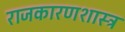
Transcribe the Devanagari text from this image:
राजकारणशास्त्र